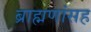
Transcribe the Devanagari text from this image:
ब्राह्मणांसह